Report on vaccination in Madras 1922-1929 - 1922-1929
Year: 1922
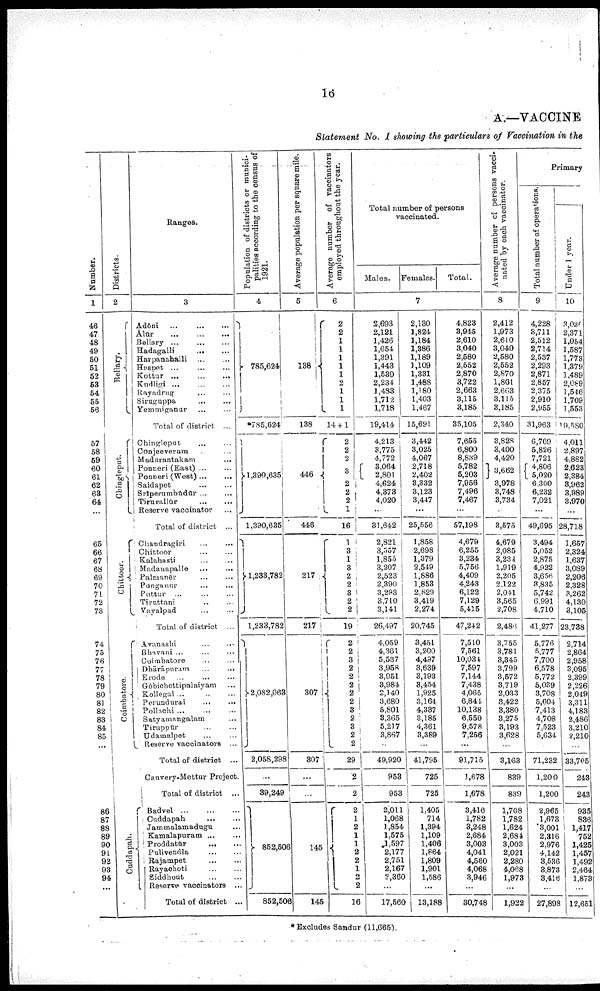
16
A.—VACCINE
Statement No. I showing the particulars of Vaccination in the
Number.
1
46
47
48
49
50
51
52
53
54
55
56
57
58
59
60
61
62
63
64
...
65
66
67
68
69
70
71
72
73
74
75
76
77
78
79
80
81
82
83
84
85
...
86
87
88
89
90
91
92
93
94
...
Districts.
2
Bellary.
Chingleput.
Chittoor.
Coimbatore.
Cuddapah.
Ranges.
3
Adōni
...
...
...
Ālūr
...
...
...
Bellary
...
...
...
Hadagalli
...
...
Harpanahalli
...
...
Hospet
...
...
...
Kottur
...
...
...
Kudligi
...
...
...
Rayadrug ... ...
Siruguppa
...
...
Yemmiganur ... ...
Total of district ...
Chingleput
...
...
Conjeeveram ... ...
Madurantakam ... ...
Ponneri (East) ... ...
Ponneri (West) ... ...
Saidapet
...
...
Srīperumbūdūr ... ...
Tiruvallūr
...
...
Reserve vaccinator ...
Total of district ...
Chandragiri
...
...
Chittoor
...
...
Kalahasti ... ...
Madanapalle ... ...
Palmanēr ... ...
Punganur ... ...
Puttur
...
...
...
Tiruttani
...
...
Vayalpad ... ...
Total of district ...
Avanashi ... ...
Bhavani ... ... ...
Coimbatore ... ...
Dhārāpuram ... ... ...
Erode
...
...
...
Gōbichettipalaiyam ...
Kollegal
...
...
...
Perundurai ... ...
Pollachi
...
...
...
Satyamangalam ...
Tiruppūr
...
...
Udamalpet ... ...
Reserve vaccinators ...
Total of district ...
Cauvery-Mettur Project.
Total of district ...
Badvel
...
...
...
Cuddapah
...
...
Jammalamadugu
...
Kamalapuram ... ...
Proddatūr ... ...
Pulivendla
...
...
Rajampet
...
...
Rayachoti
...
...
Siddhout
...
...
Reserve vaccinators ...
Total of district ...
Population of districts or munici
palities according to the census of
1921.
4
785,624
*785,624
1,390,635
1,390,635
1,233,782
1,233,782
2,082,063
2,058,298
...
39,249
852,506
852,506
Average population per square mile.
5
138
138
446
446
217
217
307
307
...
...
145
145
Average number of vaccinators
employed throughout the year.
6
2
2
1
1
1
1
1
2
1
1
1
14 + 1
2
2
2
3
2
2
2
1
16
1
3
1
3
2
2
3
2
2
19
2
2
3 2
2
2
2
2
3
2
3
2
2
29
2
2
2
1
2
1
1
2 2
1
2 2
16
Total number of persons
vaccinated.
Males. Females.
Total.
7
2,693
2,121
1,426
1,654
1,391
1,443
1,539
2,234
1,483
1,712
1,718
19,414
4,213
3,775
4,772
3,064
2,801
4,624
4,373
4,020
...
31,642
2,821
3,557
1,855
3,207
2,523
2,390
3,293
3,710
3,141
26,497
4,059
4,361
5,537
3,958
3,951
3,984
2,140
3,680
5,801
3,365
5,217
3,867
...
49,920
953
953
2,011
1,068
1,854
1,575
1,597
2,177
2,751
2,167
2,360
...
17,560
2,130
1,824
1,184
1,386
1,189
1,109
1,331
1,488
1,180
1,403
1,467
15,691
3,442
3,025
4,067
2,718
2,402
3,332
3,123
3,447
...
25,556
1,858
2,698
1,379
2,549
1,886
1,853
2,829
3,419
2,274
20,745
3,451
3,200
4,497
3,639
3,193
3,454
1,925
3,164
4,337
3,185
4,361
3,389
...
41,795
725
725
1,405
714
1,394
1,109
1,406
1,864
1,809
1,901
1,586
...
13,188
4,823
3,945
2,610
3,040
2,580
2,552
2,870
3,722
2,663
3,115
3,185
35,105
7,655
6,800
8,839
5,782
5,203
7,956
7,496
7,467
...
57,198
4,679
6,255
3,234
5,756
4,409
4,243
6,122
7,129
5,415
47,242
7,510
7,561
10,034
7,597
7,144
7,438
4,065
6,844
10,138
6,550
9,578
7,256
...
91,715
1,678
1,678
3,416
1,782
3,248
2,684
3,003
4,041
4,560
4,068
3,946
...
30,748
Average number of persons vacci-
nated by each vaccinator.
8
2,412
1,973
2,610
3,040
2,580
2,552
2,870
1,861
2,663
3,115
3,185
2,340
3,828
3,400
4,420
3,662
3,978
3,748
3,734
...
3,575
4,679
2,085
3,234
1,919
2,205
2,122
2,041
3,565
2,708
2,486
3,755
3,781
3,345
3,799
3,572
3,719
2,033
3,422
3,380
3,275
3,193
3,628
...
3,163
839
839
1,708
1,782
1,624
2,684
3,003
2,021
2,280
4,068
1,973
...
1,922
Primary
Total number of operations.
9
4,228
3,711
2,512
2,714
2,537
2,293
2,871
2,857
2,375
2,910
2,955
31,963
6,769
5,826
7,721
4,806
5,020
6,300
6,232
7,021
...
49,695
3,494
5,052
2,875
4,922
3,656
3,835
5,742
6,991
4,710
41,277
5,776
5,777
7,700
6,578
5,772
5,039
3,708
5,604
7,413
4,708
7,523
5,634
...
71,232
1,200
1,200
2,965
1,678
3,001
2,316
2,976
4,142
3,536
3,873
3,416
...
27,898
Under 1 year.
10
3,030
2,371
1,054
1,587
1,773
1,379
1,489
2,089
1,546
1,709
1,553
19,580
4,011
2,897
4,882
2,623
2,384
3,962
3,989
3,970
...
28,718
1,657
2,324
1,637
3,089
2,206
2,328
3,262
4,130
3,105
23,738
2,714
2,864
2,958
3,095
2,399
2,226
2,049
3,311
4,183
2,486
3,210
2,210
...
33,705
243
243
935
836
1,417
752
1,425
1,457
1,492
2,464
1,873
...
12,651
*Excludes Sandur (11,665).